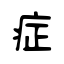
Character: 症